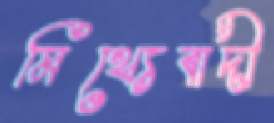
মিথ্যেবাদী